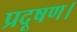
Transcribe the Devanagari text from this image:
प्रदूषण।